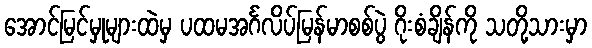
အောင်မြင်မှုများထဲမှ ပထမအင်္ဂလိပ်မြန်မာစစ်ပွဲ ဂိုးစံချိန်ကို သတို့သားမှာ